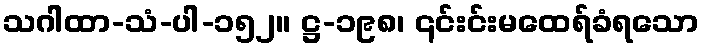
သဂါထာ-သံ-ပါ-၁၅၂။ ဋ္ဌ-၁၉၈၊ ၎င်းင်းမထေရ်ခံရသော